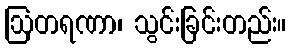
ဩတရဏာ၊ သွင်းခြင်းတည်း။